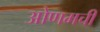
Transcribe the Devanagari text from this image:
ओणमची